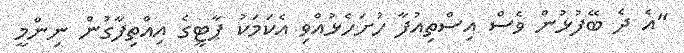
"އެ ދެ ބޭފުޅުން ވެސް އިސްތިއުފާ ހުށަހެޅުއްވި އެކަމަކު ޕާޓީގެ އިއްތިފާގުން ނިންމީ